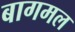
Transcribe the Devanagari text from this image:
बागमल